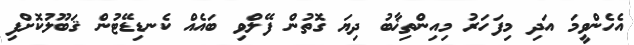
އެހެންވީމަ އަދި މިފަހަރު މިއިންތިޚާބު ދިޔަ ގޮތުން ފޭލްވި ބައެއް ކެނޑިޑޭޓުން ޤަބޫލުކޮށްފި